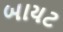
બાયટ